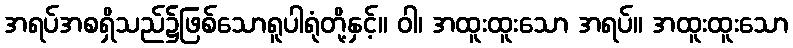
အရပ်အစရှိသည်၌ဖြစ်သောရူပါရုံတို့နှင့်။ ဝါ၊ အထူးထူးသော အရပ်။ အထူးထူးသော